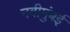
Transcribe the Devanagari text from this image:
नवीमुंबई